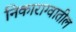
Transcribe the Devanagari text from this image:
निकाराग्वातील